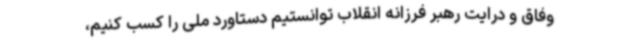
وفاق و درایت رهبر فرزانه انقلاب توانستیم دستاورد ملی را کسب کنیم،